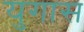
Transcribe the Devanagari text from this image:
युगास